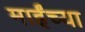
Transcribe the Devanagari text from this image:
माईंच्या